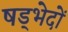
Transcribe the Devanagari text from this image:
षड्भेदों